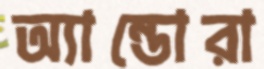
অ্যান্ডোরা